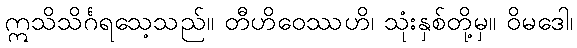
ဣသိသိင်္ဂရသေ့သည်။ တီဟိဝေဿဟိ၊ သုံးနှစ်တို့မှ။ ဝိမဒေါ၊